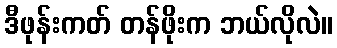
ဒီဖုန်းကတ် တန်ဖိုးက ဘယ်လိုလဲ။